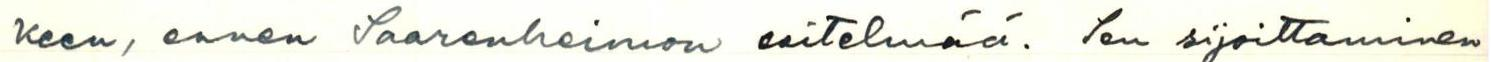
keen, ennen Saarenheimon esitelmää. Sen sijoittaminen